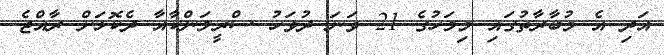
އަދި އެ މުބާާރާތުގައި މިމަހުގެ 21 ވަނަ ދުވަހު ސްރީލަންކާއާ ދެކޮޅަށް ރާއްޖެ